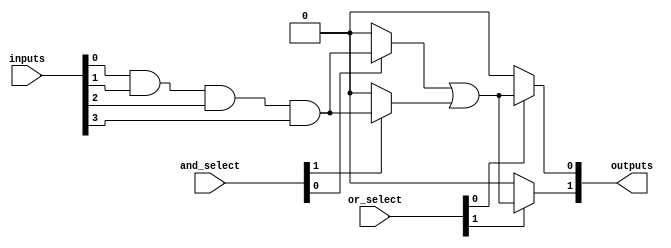
module PLA (
    input wire [N-1:0] inputs,    // N inputs to the PLA
    input wire [M-1:0] and_select, // M control signals for AND array
    input wire [P-1:0] or_select,  // P control signals for OR array
    output wire [Q-1:0] outputs    // Q outputs from the PLA
);

// Parameters defining the sizes of the arrays
parameter N = 4; // Number of inputs
parameter M = 4; // Number of AND gates (product terms)
parameter P = 2; // Number of OR gates (final outputs)
parameter Q = 2; // Number of outputs

// Internal signals for the AND array outputs (product terms)
wire [M-1:0] and_out;

// AND array implementation
generate
    genvar i, j;
    for (i = 0; i < M; i = i + 1) begin : and_array
        assign and_out[i] = (and_select[i] == 1'b1) ? (inputs[0] & inputs[1] & inputs[2] & inputs[3]) : 1'b0; // Simple example
    end
endgenerate

// Final outputs based on OR array implementation
generate
    for (j = 0; j < Q; j = j + 1) begin : or_array
        assign outputs[j] = (or_select[j] == 1'b1) ? (and_out[0] | and_out[1]) : 1'b0; // Simple example
    end
endgenerate

endmodule